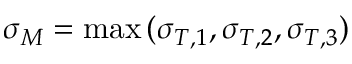
\sigma _ { M } = \operatorname* { m a x } { ( \sigma _ { T , 1 } , \sigma _ { T , 2 } , \sigma _ { T , 3 } ) }